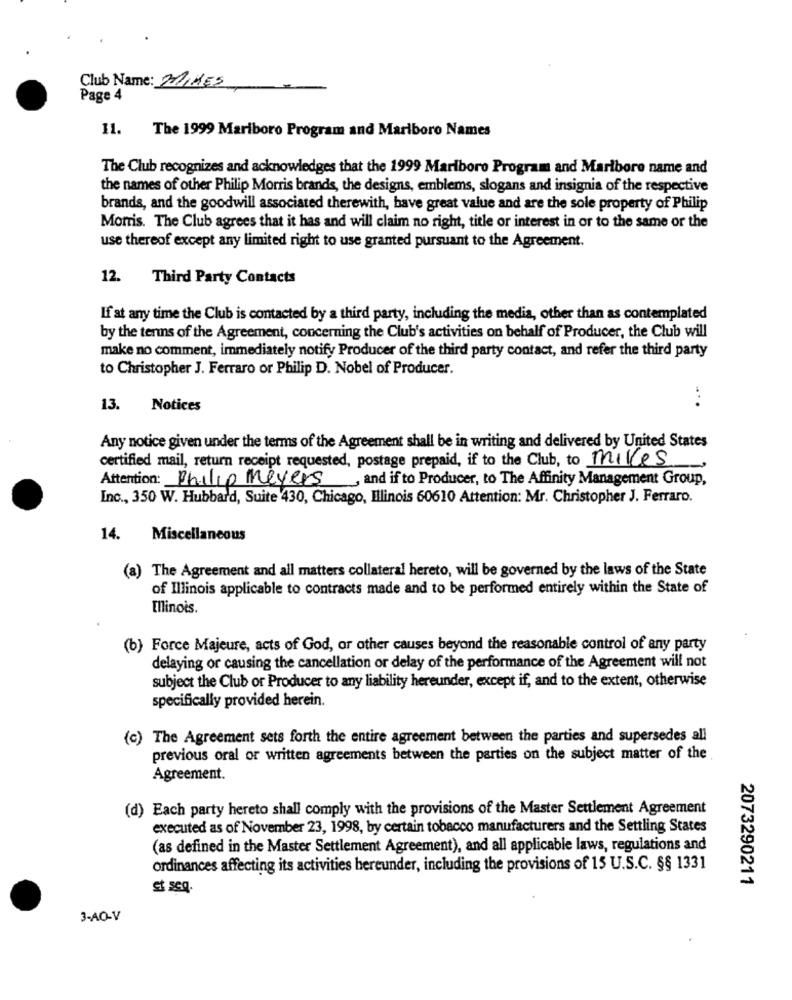
Club Name: MINES
Page 4
11.
The 1999 Mariboro Program and Marlboro Names
The Club recognizes and acknowledges that the 1999 Marlboro Program and Maribore name and
the names of other Philip Morris brands, the designs, emblems, slogans and insignia of the respective
brands, and the goodwill associated therewith, have great value and are the sole property of Philip
Morris. The Club agrees that it has and will claim no right, title or interest in or to the same or the
use thereof except any limited right to use granted pursuant to the Agreement.
12. Third Party Contacts
If at any time the Club is contacted by a third party, including the media, other than as contemplated
by the terns of the Agreement, concerning the Club's activities on behalf of Producer, the Club will
make no comment, immediately notify Producer of the third party contact, and refer the third party
to Christopher J. Ferraro or Philip D. Nobel of Producer.
13.
Notices
....
Any notice given under the terms of the Agreement shall be in writing and delivered by United States
certified mail, return receipt requested, postage prepaid, if to the Club, to milles
Attention: Philip Meyers, and if to Producer, to The Affinity Management Group,
Inc ., 350 W. Hubbard, Suite 430, Chicago, Illinois 60610 Attention: Mr. Christopher J. Ferraro.
14.
Miscellaneous
(a) The Agreement and all matters collateral hereto, will be governed by the laws of the State
of Illinois applicable to contracts made and to be performed entirely within the State of
Illinois
(b) Force Majeure, acts of God, or other causes beyond the reasonable control of any party
delaying or causing the cancellation or delay of the performance of the Agreement will not
subject the Club or Producer to any liability hereunder, except if, and to the extent, otherwise
specifically provided herein.
(c) The Agreement sets forth the entire agreement between the parties and supersedes all
previous oral or written agreements between the parties on the subject matter of the
Agreement.
(d) Each party hereto shall comply with the provisions of the Master Settlement Agreement
executed as of November 23, 1998, by certain tobacco manufacturers and the Settling States
(as defined in the Master Settlement Agreement), and all applicable laws, regulations and
ordinances affecting its activities hereunder, including the provisions of 15 U.S.C. §§ 1331
2073290211
et seq.
3-AO-V